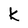
Character: k